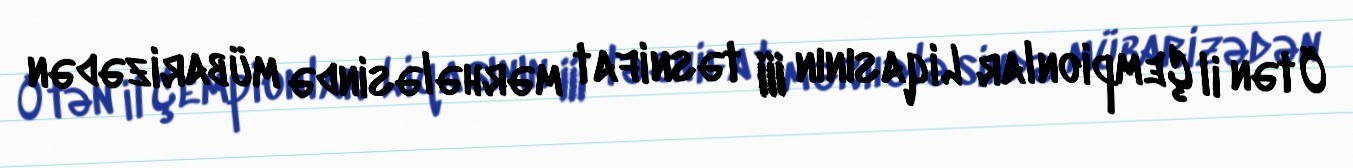
Ötən il Çempionlar Liqasının III təsnifat mərhələsində mübarizədən